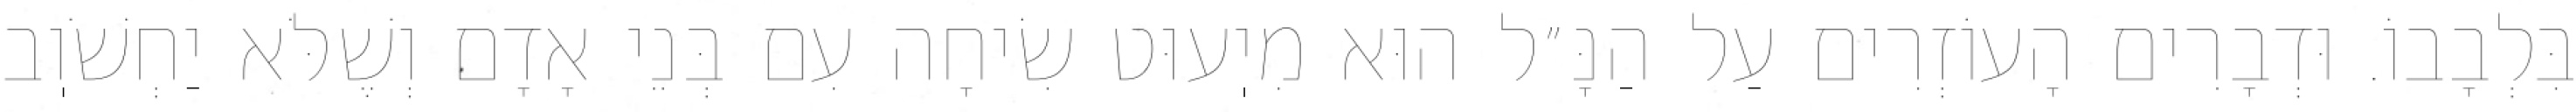
בִּלְבָבוֹ. וּדְבָרִים הָעוֹזְרִים עַל הַנָּ״ל הוּא מִיֽעוּט שִׂיחָה עִם בְּנֵי אָדָם וְשֶׁלֹּא יַחְשֹׁוֽב